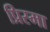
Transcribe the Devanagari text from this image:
प्रिस्मा